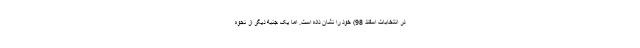
در انتخابات اسفند 98) خود را نشان داده است. اما یک جنبه دیگر از نحوه